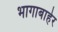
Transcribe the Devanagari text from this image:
भागाबाहेर